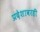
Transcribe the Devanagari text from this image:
प्रदेशावरही